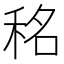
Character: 𮵡